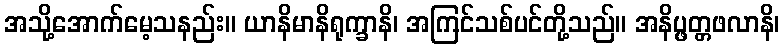
အသို့အောက်မေ့သနည်း။ ယာနိမာနိရုက္ခာနိ၊ အကြင်သစ်ပင်တို့သည်။ အနိပ္ဖတ္တဖလာနိ၊